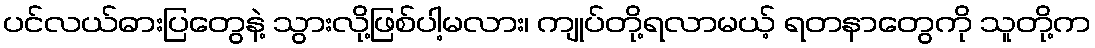
ပင်လယ်ဓားပြတွေနဲ့ သွားလို့ဖြစ်ပါ့မလား၊ ကျုပ်တို့ရလာမယ့် ရတနာတွေကို သူတို့က